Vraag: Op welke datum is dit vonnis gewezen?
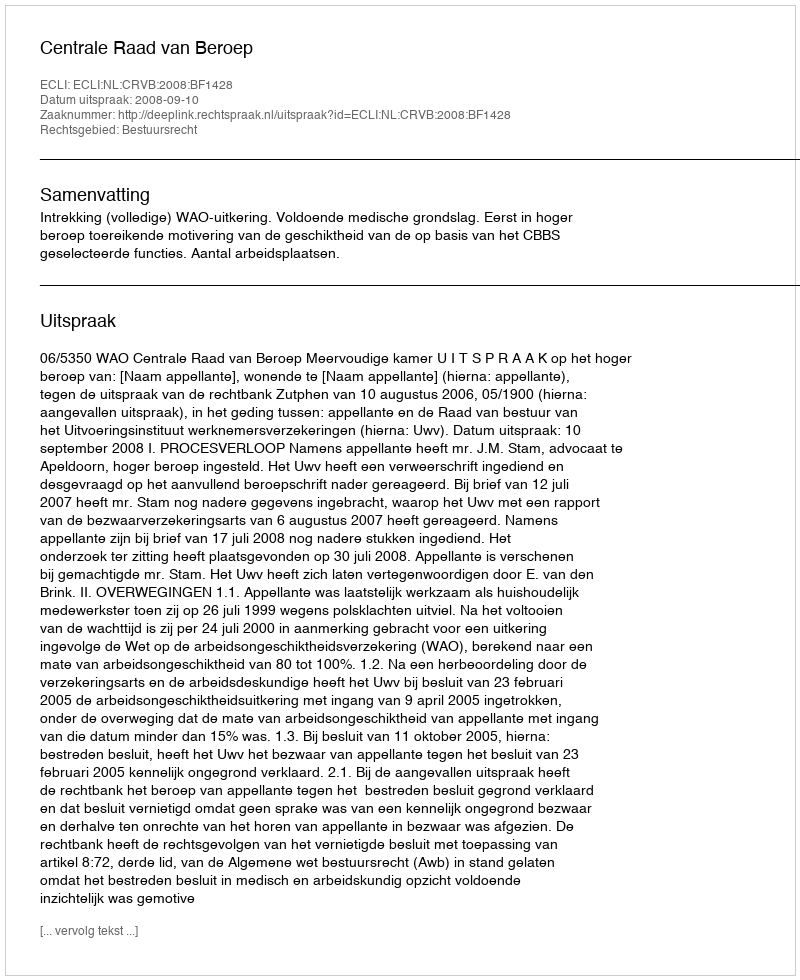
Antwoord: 2008-09-10